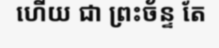
ហើយ ជា ព្រះច័ន្ទ តែ